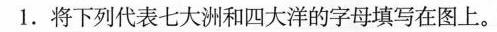
赤道1.将下列代表七大洲和四大洋的字母填写在图上。